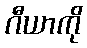
ဂီယာကို